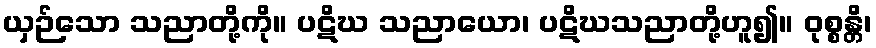
ယှဉ်သော သညာတို့ကို။ ပဋိဃ သညာယော၊ ပဋိဃသညာတို့ဟူ၍။ ဝုစ္စန္တိ၊